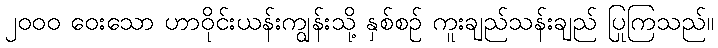
၂၀၀၀ ဝေးသော ဟာဝိုင်းယန်းကျွန်းသို့ နှစ်စဉ် ကူးချည်သန်းချည် ပြုကြသည်။